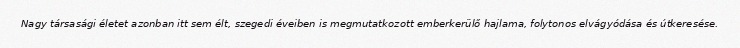
Nagy társasági életet azonban itt sem élt, szegedi éveiben is megmutatkozott emberkerülő hajlama, folytonos elvágyódása és útkeresése.